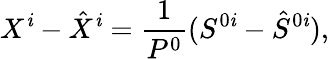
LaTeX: X^{\mathit{i}}-\hat{{X}}^{\mathit{i}}=\frac{{1}}{{P^{0}}}(S^{0\mathit{i}}-\hat{{S}}^{0\mathit{i}}),